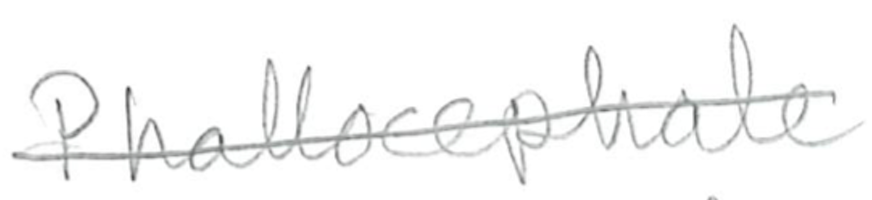
Text: Phallocephale
Cross-out: single-line
Writing tool: pencil